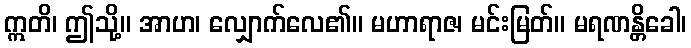
ဣတိ၊ ဤသို့။ အာဟ၊ လျှောက်လေ၏။ မဟာရာဇ၊ မင်းမြတ်။ မရဏန္တိခေါ၊